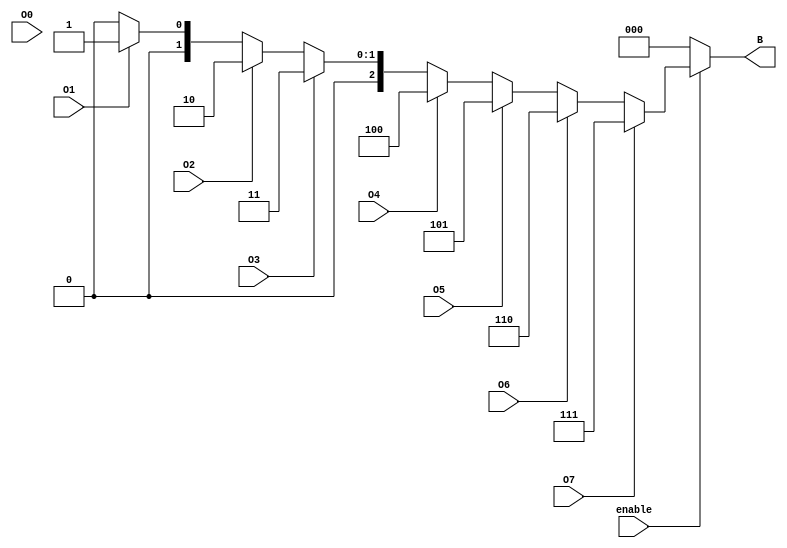
module octal_to_binary_encoder (
    input wire O0, // Octal input 0
    input wire O1, // Octal input 1
    input wire O2, // Octal input 2
    input wire O3, // Octal input 3
    input wire O4, // Octal input 4
    input wire O5, // Octal input 5
    input wire O6, // Octal input 6
    input wire O7, // Octal input 7
    output reg [2:0] B, // Binary output (B2, B1, B0)
    input wire enable // Optional enable input
);

always @(*) begin
    if (!enable) begin
        B = 3'b000; // If not enabled, output is 000
    end else begin
        case (1'b1) // Check for the highest active input
            O7: B = 3'b111; // If O7 is active
            O6: B = 3'b110; // If O6 is active
            O5: B = 3'b101; // If O5 is active
            O4: B = 3'b100; // If O4 is active
            O3: B = 3'b011; // If O3 is active
            O2: B = 3'b010; // If O2 is active
            O1: B = 3'b001; // If O1 is active
            O0: B = 3'b000; // If O0 is active
            default: B = 3'b000; // Default case (none active)
        endcase
    end
end

endmodule